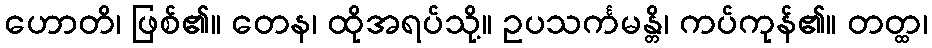
ဟောတိ၊ ဖြစ်၏။ တေန၊ ထိုအရပ်သို့။ ဥပသင်္ကမန္တိ၊ ကပ်ကုန်၏။ တတ္ထ၊